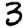
Digit: 3